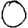
Digit: 0